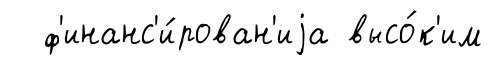
ф'инанс'и́рован'иjа высо́к'им